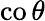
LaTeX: \operatorname{co}\theta